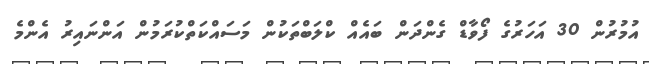
އުމުރުން 30 އަހަރުގެ ފޯވާޑް ގެންދަން ބައެއް ކްލަބްތަކުން މަސައްކަތްކުރަމުން އަންނައިރު އެންމެ